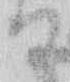
て